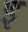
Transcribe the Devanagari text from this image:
इ